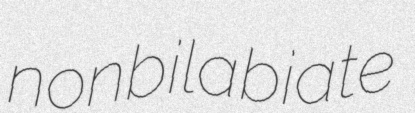
nonbilabiate